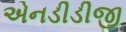
એનડીડીજી